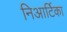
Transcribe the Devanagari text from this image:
निआर्टिका